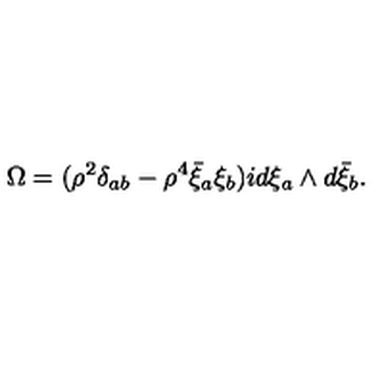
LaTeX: \Omega = ( { \rho } ^ { 2 } \delta _ { a b } - { \rho } ^ { 4 } \bar { \xi } _ { a } \xi _ { b } ) i d \xi _ { a } \wedge d \bar { \xi } _ { b } .